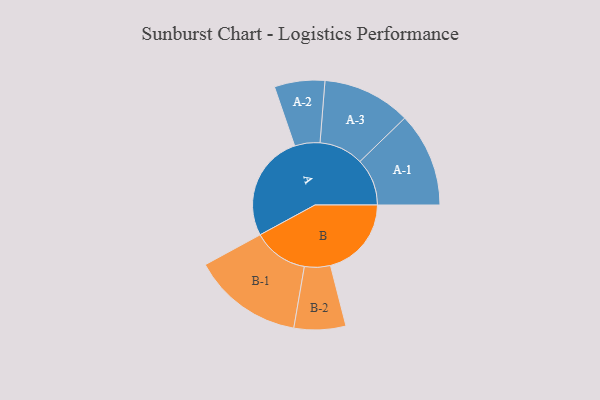
{"axis": {"x": "Segment", "y": "Value"}, "legend": ["", "A", "B"], "data": [{"x": "A", "y": 499, "type": ""}, {"x": "B", "y": 379, "type": ""}, {"x": "A-1", "y": 221, "type": "A"}, {"x": "A-2", "y": 118, "type": "A"}, {"x": "A-3", "y": 207, "type": "A"}, {"x": "B-1", "y": 259, "type": "B"}, {"x": "B-2", "y": 121, "type": "B"}]}